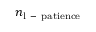
n _ { \mathrm { l \mathrm { ~ - ~ } p a t i e n c e } }